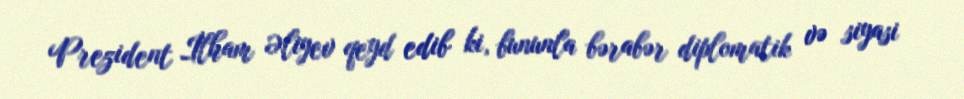
Prezident İlham Əliyev qeyd edib ki, bununla bərabər diplomatik və siyasi